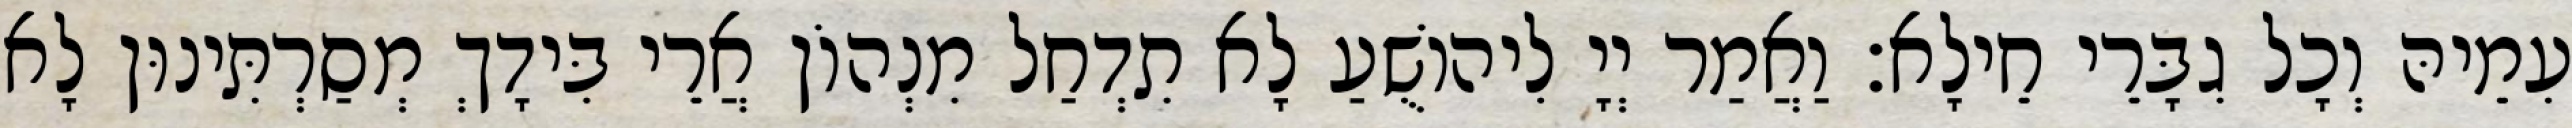
עִמֵיהּ וְכָל גִבָּרֵי חֵילָא׃ וַאֲמַר יְיָ לִיהוֹשֻׁעַ לָא תִדְחַל מִנְהוֹן אֲרֵי בִּידָךְ מְסַרְתִּינוּן לָא